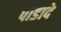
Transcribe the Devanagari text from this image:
पोडादे